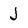
Character: J